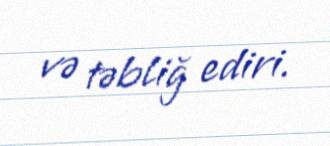
və təbliğ ediri.